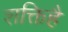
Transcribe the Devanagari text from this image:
शक्तिहै